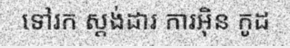
ទៅរក ស្តង់ដារ ការអ៊ិន កូដ